Statistical return of the lunatic asylum in Assam - 1912-1932
Year: 1912
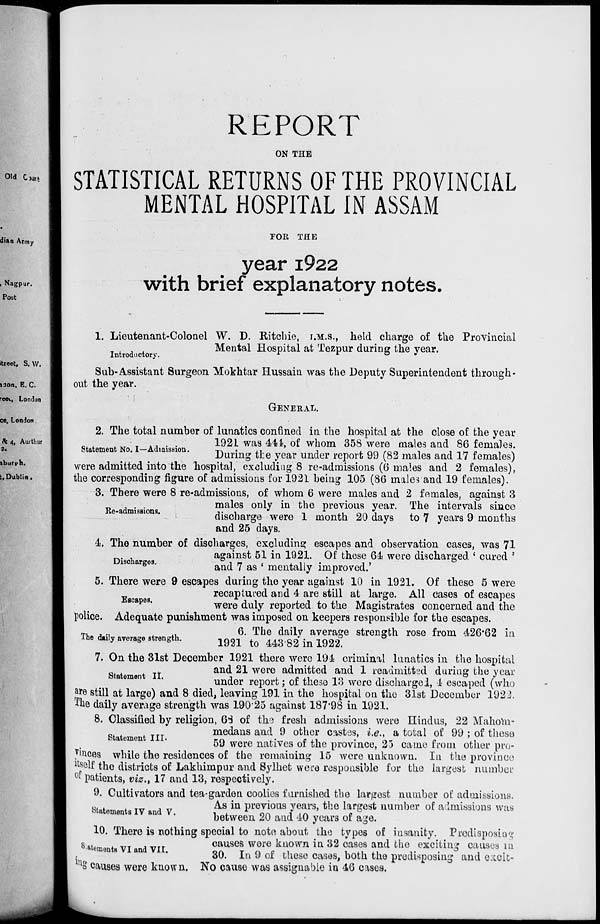
REPORT
ON THE
STATISTICAL RETURNS OF THE PROVINCIAL
MENTAL HOSPITAL IN ASSAM
ron THE
year i922
with brief explanatory notes.
1. Lieutenant-Colonel W. D. Ritchie, I.M.S., held charge of the Provincial
Mental Hospital at Tezpur during the year.
Introductory.
L
r
&
j
Sub-Assistant Surgeon Mokhtar Hussain was the Deputy Superintendent through-
out the year.
GENERAL.
Statement No. I—Admission.
Re-admissions.
Discharges.
Escapes,
2. The total number of lunatics confined in the hospital at the close of the year
1921 was 444, of whom 358 were males and 86 females.
During the year under report 99 (82 males and 17 females)
were admitted into the hospital, excluding 8 re-admissions (6 males aud 2 females),
the corresponding figure of admissions for 1921 being 105 (86 males and 19 females).
3. There were 8 re-admissions, of whom 6 were males and 2 females, against 3
males only in the previous year. The intervals since
discharge were 1 month 20 days to 7 years 9 months
and 25 days.
4. The number of discharges, excluding escapes and observation cases, was 71
against 51 in 1921. Of these 64 were discharged ' cured '
and 7 as ' mentally improved.'
5. There were 9 escapes during the year against 10 in 1921. Of these 5 were
recaptured and 4 are still at large. All eases of escapes
were duly reported to the Magistrates concerned and the
police. Adequate punishment was imposed on keepers responsible for the escapes.
m , . .,
„
6. The daily average strength rose from 426*62 in
The daily average strength.
%m tQ ^.^ ^ 1922
7. On the 31st December 1921 there were 194 criminal lunatics in the hospital
and 21 were admitted and 1 readmitted during the year
under report; of these 13 were discharged, 4 escaped (who
a *e still at large) and 8 died, leaving 191 in the hospital on the 31st December 1923.
'•The daily average strength was 19025 against 187*98 in 1921.
8. Classified by religion, 63 of the fresh admissions were Hindus, 22 Mahom-
medans and 9 other castes, i.e., a total of 99 ; of these
59 were natives of the province, 25 came from other pro-
vinces while the residences of the remaining 15 were unknown. In the province
ttself the districts of Lakhimpur and Sylhet were responsible for the largest number
°f patients, viz., 17 and 13, respectively.
9. Cultivators and tea-garden coolies furnished the largest number of admissions.
B . .
www
_ _
As in previous years, the largest number of admissions was
htatoments IV and V.
i i.
on
J irv
e
between 20 and 40 years of age.
10. There is nothing special to note about the types of insanity. Predisposing
s ate
VT a VIT
causes were known in 32 cases and the exciting causes in
meats vi ana VII.
3 Q
i n 9 0 f these cases, both the predisposing and e.tcit-
lu S causes were knovrn. No cause was assignable in 46 c:vses.
Statement II.
Statement III.